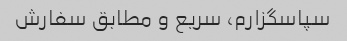
سپاسگزارم، سریع و مطابق سفارش